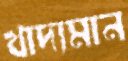
খাদ্যমান